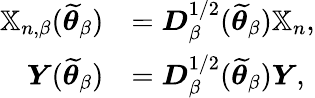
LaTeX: \begin{array}{rl}{\mathbb{X}_{n,\beta}(\widetilde{\boldsymbol{\theta}}_{\beta})}&{=\boldsymbol{D}_{\beta}^{1/2}(\widetilde{\boldsymbol{\theta}}_{\beta})\mathbb{X}_{n},}\\ {\boldsymbol{Y}(\widetilde{\boldsymbol{\theta}}_{\beta})}&{=\boldsymbol{D}_{\beta}^{1/2}(\widetilde{\boldsymbol{\theta}}_{\beta})\boldsymbol{Y},}\end{array}